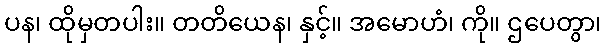
ပန၊ ထိုမှတပါး။ တတိယေန၊ နှင့်။ အမောဟံ၊ ကို။ ဌပေတွာ၊